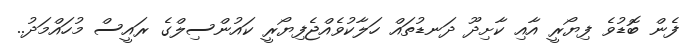
ފެން ބޮޑުވެ ފިޔޯރީ އާއި ކާށިދޫ ދަނޑުތައް ހަލާކުވެއްޖެފިޔޯރީ ކައުންސިލްގެ ރައީސް މުހައްމަދު..